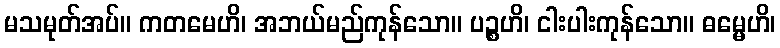
မသမုတ်အပ်။ ကတမေဟိ၊ အဘယ်မည်ကုန်သော။ ပဉ္စဟိ၊ ငါးပါးကုန်သော။ ဓမ္မေဟိ၊